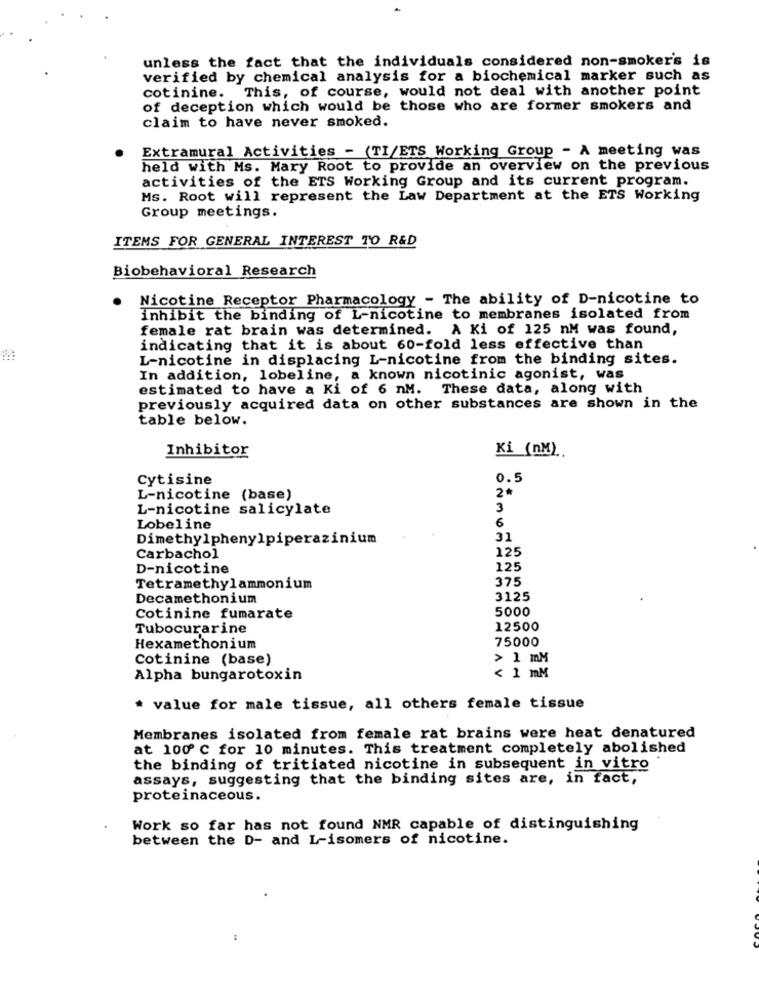
unless the fact that the individuals considered non-smoker's is
verified by chemical analysis for a biochemical marker such as
cotinine. This, of course, would not deal with another point
of deception which would be those who are former smokers and
claim to have never smoked.
Extramural Activities - (TI/ETS Working Group - A meeting was
held with Ms. Mary Root to provide an overview on the previous
activities of the ETS Working Group and its current program.
Ms. Root will represent the Law Department at the ETS Working
Group meetings.
ITEMS FOR GENERAL INTEREST TO R&D
Biobehavioral Research
Nicotine Receptor Pharmacology - The ability of D-nicotine to
inhibit the binding of L-nicotine to membranes isolated from
female rat brain was determined. A Ki of 125 nM was found,
indicating that it is about 60-fold less effective than
L-nicotine in displacing L-nicotine from the binding sites.
In addition, lobeline, a known nicotinic agonist, was
estimated to have a Ki of 6 nM. These data, along with
previously acquired data on other substances are shown in the
table below.
Inhibitor
Ki (nM)
Cytisine
0.5
2*
L-nicotine (base)
L-nicotine salicylate
3
6
Lobeline
Dimethylphenylpiperazinium
31
125
Carbachol
D-nicotine
125
375
Tetramethylammonium
Decamethonium
3125
5000
Cotinine fumarate
Tubocurarine
12500
75000
Hexamethonium
Cotinine (base)
> 1 mM
< 1 mM
Alpha bungarotoxin
* value for male tissue, all others female tissue
Membranes isolated from female rat brains were heat denatured
at 100 ℃ for 10 minutes. This treatment completely abolished
the binding of tritiated nicotine in subsequent in vitro
assays, suggesting that the binding sites are, in fact,
proteinaceous.
Work so far has not found NMR capable of distinguishing
between the D- and L-isomers of nicotine.